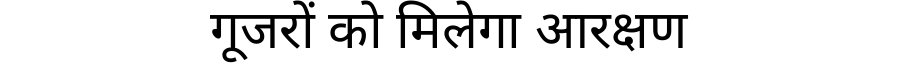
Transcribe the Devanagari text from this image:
गूजरों को मिलेगा आरक्षण